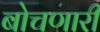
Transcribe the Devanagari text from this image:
बोचणारी